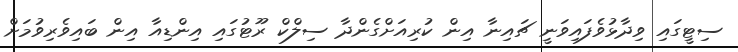
ސިޓީގައި ވިދާޅުވެފައިވަނީ ޗައިނާ އިން ކުރިއަށްގެންދާ ސިލްކް ރޫޓުގައި އިންޑިއާ އިން ބައިވެރިވުމަށް